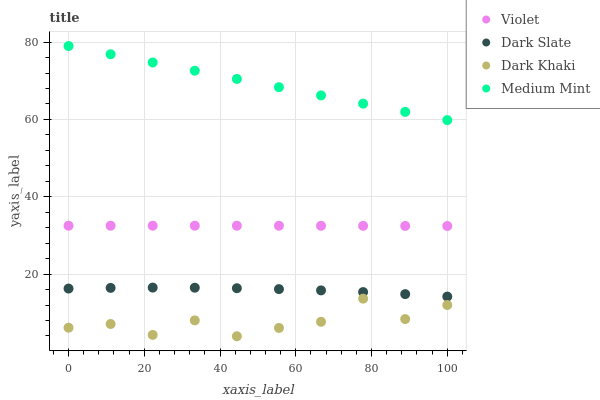
| xaxis_label | Violet | Dark Slate | Dark Khaki | Medium Mint |
 | --- | --- | --- | --- | --- |
 | 0 | 32.5 | 16.3 | 6.12 | 79 |
 | 11.1 | 32.5 | 16.4 | 7.09 | 76.9 |
 | 22.2 | 32.5 | 16.5 | 4.27 | 74.7 |
 | 33.3 | 32.5 | 16.5 | 8.03 | 72.6 |
 | 44.4 | 32.5 | 16.3 | 3.92 | 70.5 |
 | 55.6 | 32.5 | 16.1 | 6.06 | 68.4 |
 | 66.7 | 32.5 | 15.8 | 7.66 | 66.2 |
 | 77.8 | 32.5 | 15.3 | 13.6 | 64.1 |
 | 88.9 | 32.5 | 14.8 | 8.36 | 62 |
 | 100 | 32.4 | 14.2 | 12 | 59.8 |